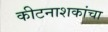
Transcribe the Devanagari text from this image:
कीटनाशकांचा